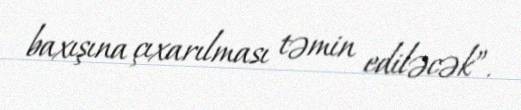
baxışına çıxarılması təmin ediləcək”.